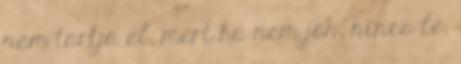
nem tartja el, mert ha nem jön, nincs lé.